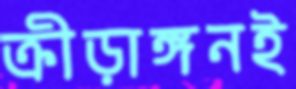
ক্রীড়াঙ্গনই